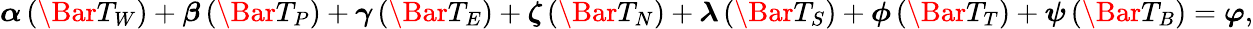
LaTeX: \begin{array}{r}{\boldsymbol{\alpha}\left(\Bar{T}_{W}\right)+\boldsymbol{\beta}\left(\Bar{T}_{P}\right)+\boldsymbol{\gamma}\left(\Bar{T}_{E}\right)+\boldsymbol{\zeta}\left(\Bar{T}_{N}\right)+\boldsymbol{\lambda}\left(\Bar{T}_{S}\right)+\boldsymbol{\phi}\left(\Bar{T}_{T}\right)+\boldsymbol{\psi}\left(\Bar{T}_{B}\right)=\boldsymbol{\varphi},}\end{array}